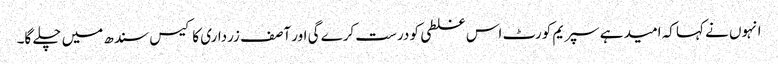
انہوں نے کہا کہ امید ہے سپریم کورٹ اس غلطی کو درست کرے گی اور آصف زرداری کا کیس سندھ میں چلے گا۔